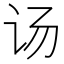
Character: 𰵌